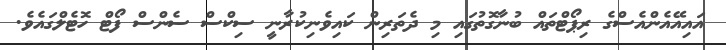
އައިއޭއެންއެސްގެ ރިޕޯޓްތައް ބުނާގޮތުގައި މި ދެތަރިން ކައިވެނިކުރާނީ ސިކްސް ސެންސް ފޯޓް ހޮޓެލްގައެވެ.